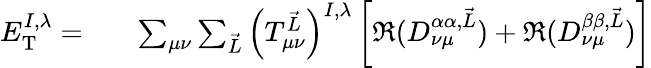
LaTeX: \begin{array}{rl}{E_{\textrm{T}}^{I,\lambda}=}&{{}{\phantom{-}}\sum_{\mu\nu}\sum_{\vec{L}}\left(T_{\mu\nu}^{\vec{L}}\right)^{I,\lambda}\left[\Re(D_{\nu\mu}^{\alpha\alpha,\vec{L}})+\Re(D_{\nu\mu}^{\beta\beta,\vec{L}})\right]}\end{array}